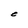
Character: C